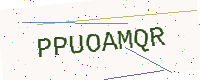
Text: PPUOAMQR